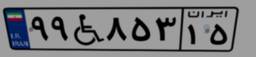
۹۹W۸۵۳۱۵